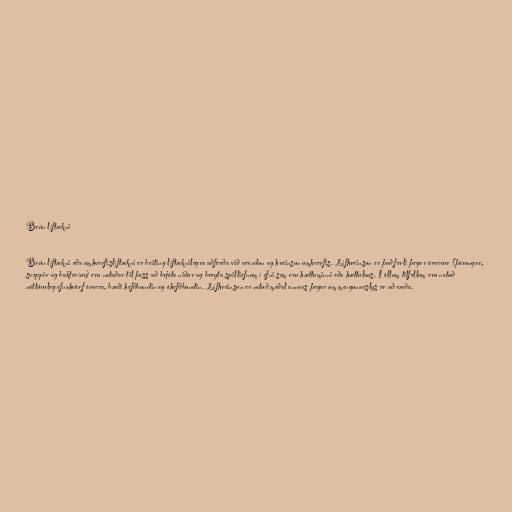
Brún líftækni

Brún líftækni eða umhverfislíftækni er beiting líftæknilegra aðferða við verndun og hreinsun umhverfis. Lífhreinsun er það ferli þegar örverur (þörungar,
sveppir og bakteríur) eru notaðar til þess að brjóta niður og breyta spilliefnum í efni sem eru hættuminni eða hættulaus. Í öllum tilfellum eru notuð
náttúruleg efnahvörf örvera, bæði hefðbundin og óhefðbundin. Lífhreinsun er notuð meðal annars þegar um mengunarslys er að ræða.